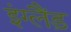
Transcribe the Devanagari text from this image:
इंग्लैंड़